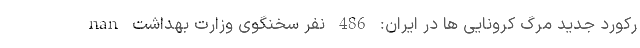
nan رکورد جدید مرگ کرونایی ها در ایران: 486 نفر سخنگوی وزارت بهداشت